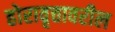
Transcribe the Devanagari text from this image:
होरावृत्तावरील